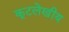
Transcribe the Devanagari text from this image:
कूटलेखीय